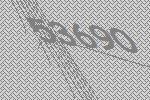
53690